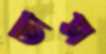
তাস